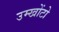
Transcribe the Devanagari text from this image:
उम्खोंटो